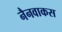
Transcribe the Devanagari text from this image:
नैनवाकस